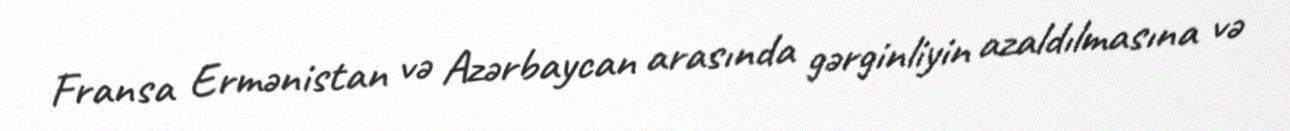
Fransa Ermənistan və Azərbaycan arasında gərginliyin azaldılmasına və